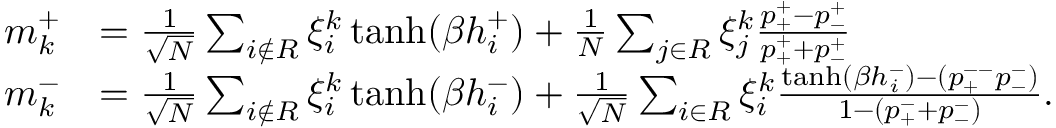
\begin{array} { r l } { m _ { k } ^ { + } } & { = \frac { 1 } { \sqrt { N } } \sum _ { i \notin { \cal R } } \xi _ { i } ^ { k } \operatorname { t a n h } ( \beta h _ { i } ^ { + } ) + \frac { 1 } { N } \sum _ { j \in { \cal R } } \xi _ { j } ^ { k } \frac { p _ { + } ^ { + } - p _ { - } ^ { + } } { p _ { + } ^ { + } + p _ { - } ^ { + } } } \\ { m _ { k } ^ { - } } & { = \frac { 1 } { \sqrt { N } } \sum _ { i \notin { \cal R } } \xi _ { i } ^ { k } \operatorname { t a n h } ( \beta h _ { i } ^ { - } ) + \frac { 1 } { \sqrt { N } } \sum _ { i \in { \cal R } } \xi _ { i } ^ { k } \frac { \operatorname { t a n h } ( \beta h _ { i } ^ { - } ) - ( p _ { + } ^ { -- } p _ { - } ^ { - } ) } { 1 - \left( p _ { + } ^ { - } + p _ { - } ^ { - } \right) } . } \end{array}